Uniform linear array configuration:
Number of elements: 8
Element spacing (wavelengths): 1
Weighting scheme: uniform
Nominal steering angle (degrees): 60
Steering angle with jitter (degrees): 59.601
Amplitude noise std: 0.05
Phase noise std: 0.05

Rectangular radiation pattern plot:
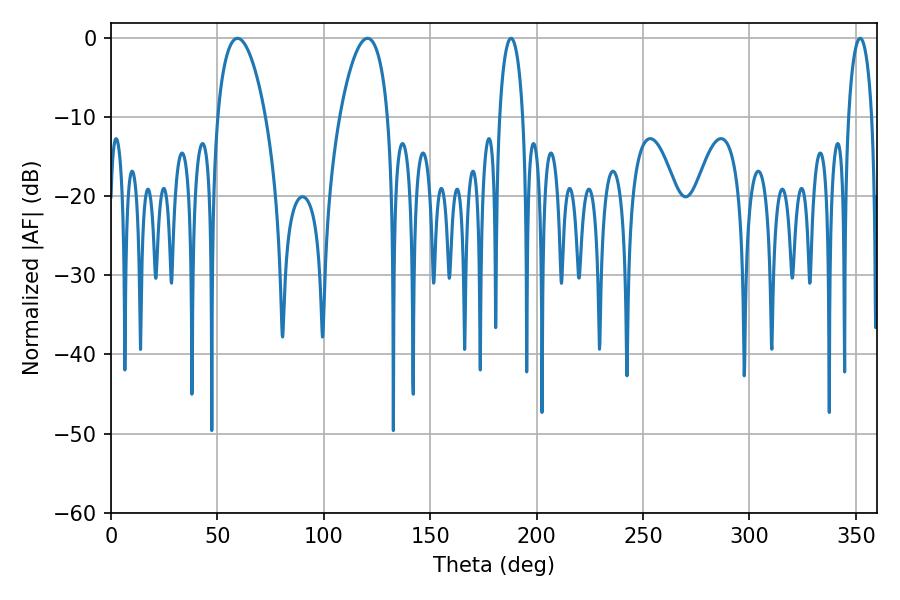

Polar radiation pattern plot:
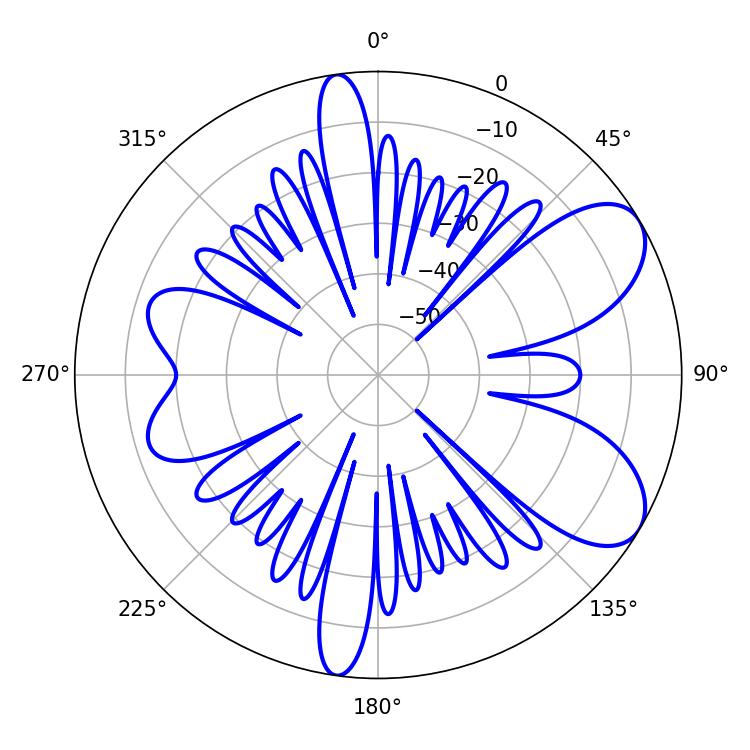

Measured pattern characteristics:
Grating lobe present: TRUE
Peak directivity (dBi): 7.59
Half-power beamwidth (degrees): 12.78
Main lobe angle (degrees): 59.4